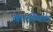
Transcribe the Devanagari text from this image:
काठीयता